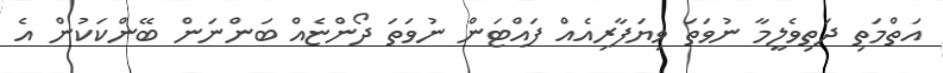
އަތްމަތި ދަތިވެލީމާ ނުވަތަ ވިޔަފާރިއެއް ފައްޓަން ނުވަތަ ދޯންޏެއް ބަންނަން ބޭންކަކުން އެ